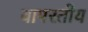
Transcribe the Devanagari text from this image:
वापरतोय